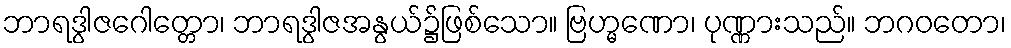
ဘာရဒွါဇဂေါတ္တော၊ ဘာရဒွါဇအနွယ်၌ဖြစ်သော။ ဗြဟ္မဏော၊ ပုဏ္ဏားသည်။ ဘဂဝတော၊